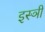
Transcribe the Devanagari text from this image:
इस्ञी